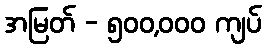
အမြတ် - ၅၀၀,၀၀၀ ကျပ်